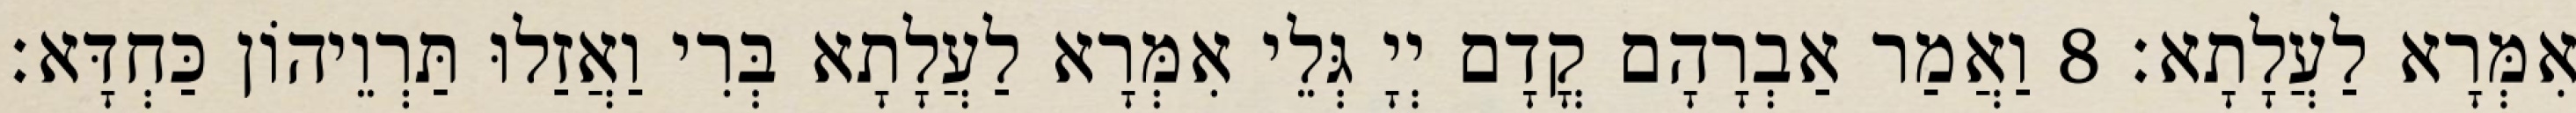
אִמְּרָא לַעֲלָתָא׃ 8 וַאֲמַר אַבְרָהָם קֳדָם יְיָ גְּלֵי אִמְּרָא לַעֲלָתָא בְּרִי וַאֲזַלוּ תַּרְוֵיהוֹן כַּחְדָּא׃